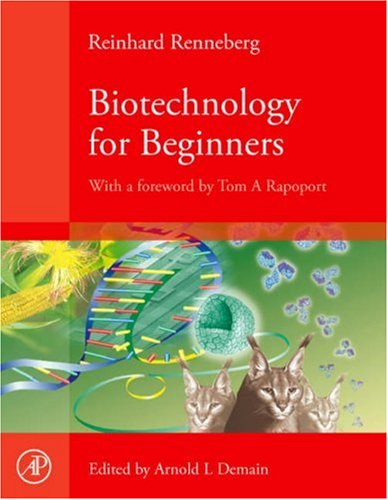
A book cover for Biotechnology for Beginners; Reinhard Renneberg; Medical Books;